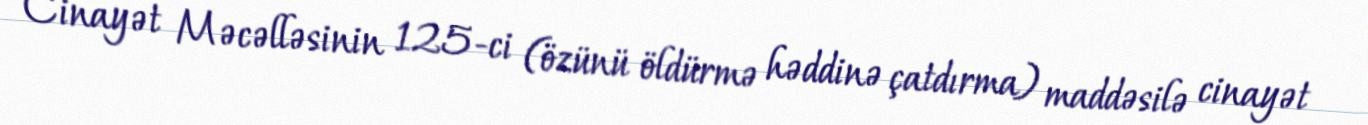
Cinayət Məcəlləsinin 125-ci (özünü öldürmə həddinə çatdırma) maddəsilə cinayət